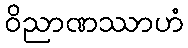
ဝိညာဏဿာဟံ